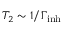
T _ { 2 } \sim 1 / { \Gamma _ { \mathrm { i n h } } }